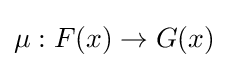
\mu :F(x)\to G(x)